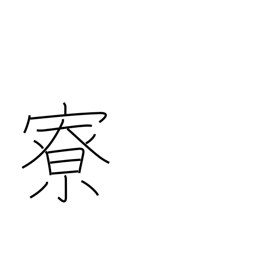
Meaning: tea pavillion